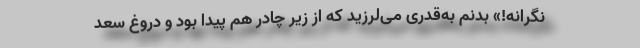
نگرانه!» بدنم به‌قدری می‌لرزید که از زیر چادر هم پیدا بود و دروغ سعد